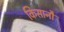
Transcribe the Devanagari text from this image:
किसानौं